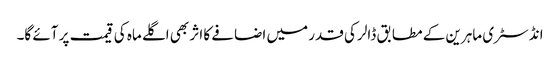
انڈسٹری ماہرین کے مطابق ڈالر کی قدر میں اضافے کا اثر بھی اگلے ماہ کی قیمت پر آئے گا۔